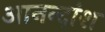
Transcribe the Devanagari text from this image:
आनन्दांश